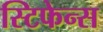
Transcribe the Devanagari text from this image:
स्टिफेन्स